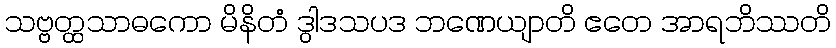
သဗ္ဗတ္ထသာဓကော မိနိတံ ဒွါဒသပဒ ဘဏေယျာတိ ဧတေ အာရဘိဿတိ